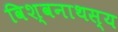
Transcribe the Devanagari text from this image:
विश्वनाथस्य